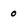
Character: 0